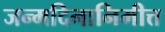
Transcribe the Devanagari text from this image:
जन्मदिनानिमीत्त